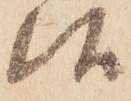
候